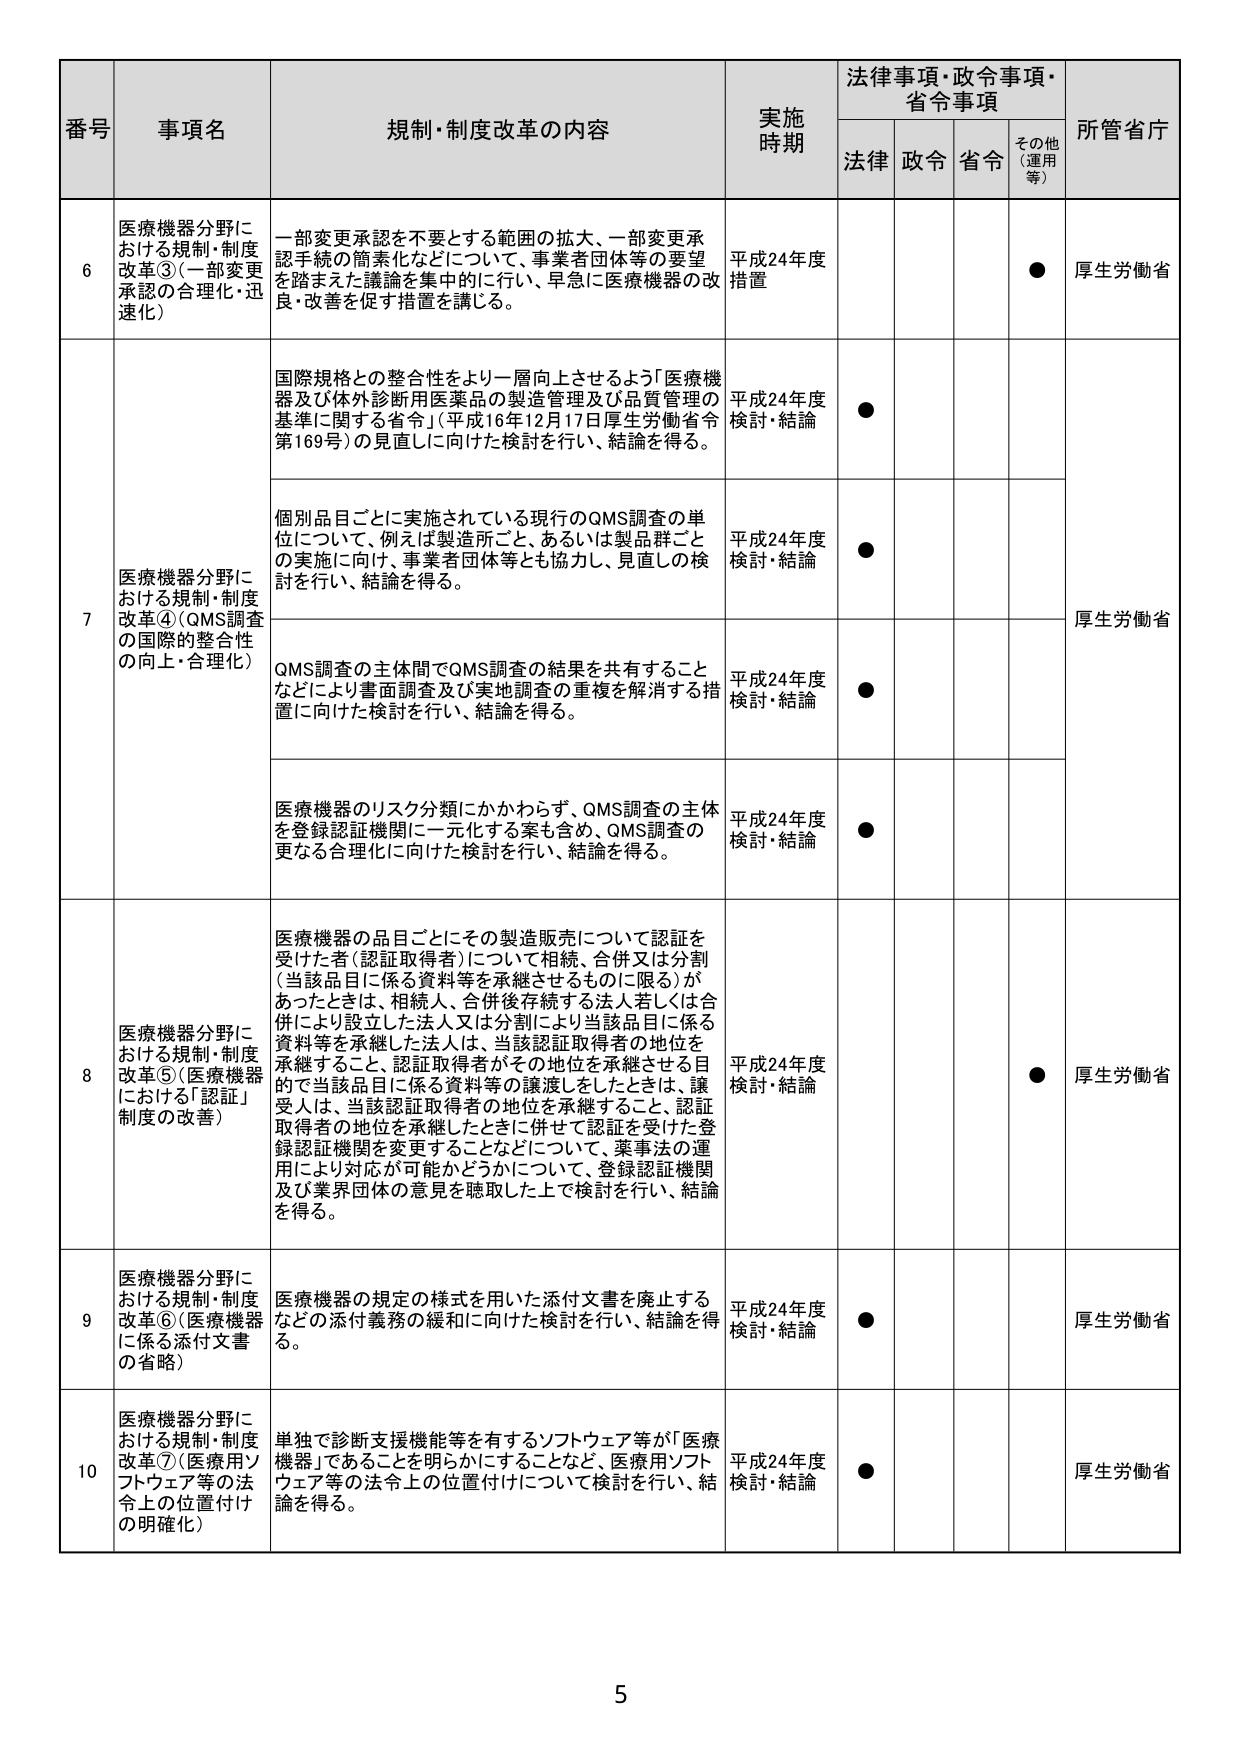
番号 事項名 規制・制度改革の内容 実施時期 法律事項・政令事項・省令事項 所管省庁
法律 政令 省令 その他（運用等）
6 医療機器分野における規制・制度改革③（一部変更承認の合理化・迅速化） 一部変更承認を不要とする範囲の拡大、一部変更承認手続の簡素化などについて、事業者団体等の要望を踏まえた議論を集中的に行い、早急に医療機器の改良・改善を促す措置を講じる。 平成24年度措置 ● 厚生労働省
7 医療機器分野における規制・制度改革④（QMS調査の国際的整合性の向上・合理化） 国際規格との整合性をより一層向上させるよう「医療機器及び体外診断用医薬品の製造管理及び品質管理の基準に関する省令」（平成16年12月17日厚生労働省令第169号）の見直しに向けた検討を行い、結論を得る。 平成24年度検討・結論 ● 厚生労働省
個別品目ごとに実施されている現行のQMS調査の単位について、例えば製造所ごと、あるいは製品群ごとの実施に向け、事業者団体等とも協力し、見直しの検討を行い、結論を得る。 平成24年度検討・結論 ●
QMS調査の主体間でQMS調査の結果を共有することなどにより書面調査及び実地調査の重複を解消する措置に向けた検討を行い、結論を得る。 平成24年度検討・結論 ●
医療機器のリスク分類にかかわらず、QMS調査の主体を登録認証機関に一元化する案も含め、QMS調査の更なる合理化に向けた検討を行い、結論を得る。 平成24年度検討・結論 ●
8 医療機器分野における規制・制度改革⑤（医療機器における「認証」制度の改善） 医療機器の品目ごとにその製造販売について認証を受けた者（認証取得者）について相続、合併又は分割（当該品目に係る資料等を承継させるものに限る）があったときは、相続人、合併後存続する法人若しくは合併により設立した法人又は分割により当該品目に係る資料等を承継した法人は、当該認証取得者の地位を承継すること、認証取得者がその地位を承継させる目的で当該品目に係る資料等の譲渡をしたときは、譲受人は、当該認証取得者の地位を承継すること、認証取得者の地位を承継したときに併せて認証を受けた登録認証機関を変更することなどについて、薬事法の運用により対応が可能かどうかについて、登録認証機関及び業界団体の意見を聴取した上で検討を行い、結論を得る。 平成24年度検討・結論 ● 厚生労働省
9 医療機器分野における規制・制度改革⑥（医療機器に係る添付文書の省略） 医療機器の規定の様式を用いた添付文書を廃止するなどの添付義務の緩和に向けた検討を行い、結論を得る。 平成24年度検討・結論 ● 厚生労働省
10 医療機器分野における規制・制度改革⑦（医療用ソフトウェア等の法令上の位置付けの明確化） 単独で診断支援機能等を有するソフトウェア等が「医療機器」であることを明らかにすることなど、医療用ソフトウェア等の法令上の位置付けについて検討を行い、結論を得る。 平成24年度検討・結論 ● 厚生労働省
5